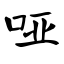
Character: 哑